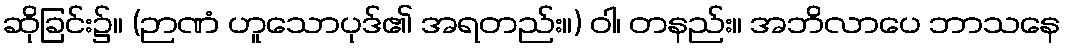
ဆိုခြင်း၌။ (ဉာဏံ ဟူသောပုဒ်၏ အရတည်း။) ဝါ၊ တနည်း။ အဘိလာပေ ဘာသနေ